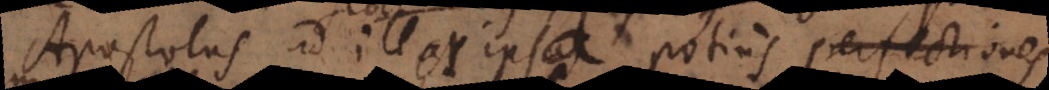
Apostolus ad illas ipsas potius perfectiones